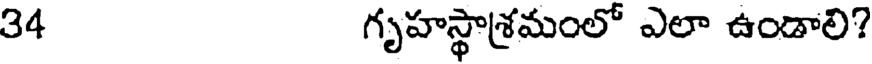
34 గృహస్థాశ్రమంలో ఎలా ఉండాలి?